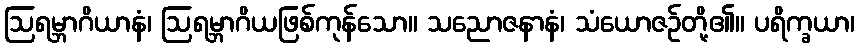
ဩရမ္ဘာဂိယာနံ၊ ဩရမ္ဘာဂိယဖြစ်ကုန်သော။ သညောဇနာနံ၊ သံယောဇဉ်တို့၏။ ပရိက္ခယာ၊